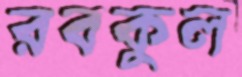
রবকুল